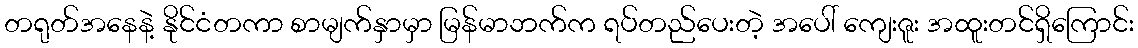
တရုတ်အနေနဲ့ နိုင်ငံတကာ စာမျက်နှာမှာ မြန်မာဘက်က ရပ်တည်ပေးတဲ့ အပေါ် ကျေးဇူး အထူးတင်ရှိကြောင်း